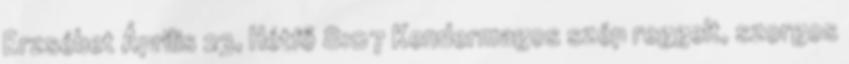
Erzsébet Április 23, Hétfő 8:07 Kendermagos szép reggelt, szorgos